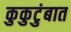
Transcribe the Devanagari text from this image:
कुकुटुंबात